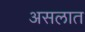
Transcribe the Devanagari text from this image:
असलात